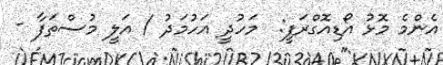
އެންމެ މޮޅު އޯޑިއޮގްރަފީ:  މަހުދީ އަހުމަދު / އަލީ މުސްތަފާ -